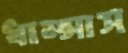
ধাম্‌সাস